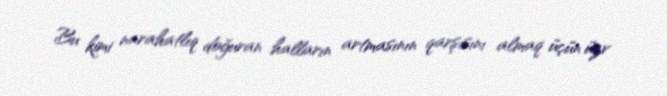
Bu kimi narahatlıq doğuran halların artmasının qarşısını almaq üçün üzv